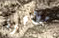
مظاهرة